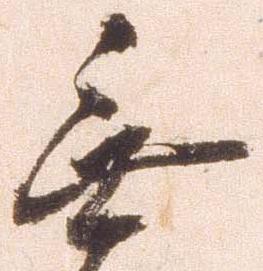
無